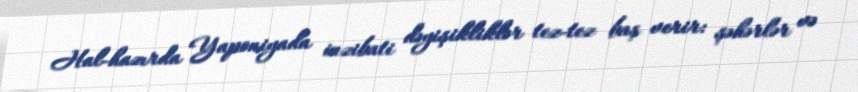
Hal-hazırda Yaponiyada inzibati dəyişikliklər tez-tez baş verir: şəhərlər və